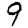
Digit: 9